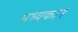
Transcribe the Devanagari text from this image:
मध्यकान